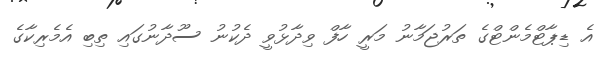
އެ ޑިޕާޓްމެންޓްގެ ތަރުޖަމާނު މަރީ ހާފް ވިދާޅުވީ ދެކުނު ސޫދާނުގައި ތިބި އެމެރިކާގެ